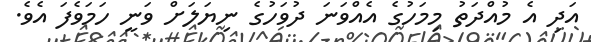
އަދި އެ މުއްދަތު މިމަހުގެ އެެއްވަނަ ދުވަހުގެ ނިޔަލަށް ވަނީ ހަމަވެފަ އެވެ.